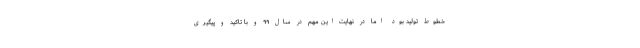
خطوط توليد بود اما در نهايت اين مهم در سال ۹۹ و با تاکید و پیگیری